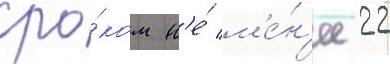
сро́ком н'е́ м'е́н'ее 22